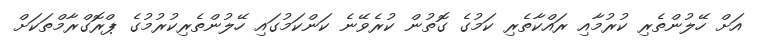
އަށް ހޭލުންތެރި ކުރުމާއި ރައްކާތެރި ކަމުގެ ގޮތުން ކުރެވޭނެ ކަންކަމުގައި ހޭލުންތެރިކުރުމުގެ ޕްރޮގްރާމްތަކަށް